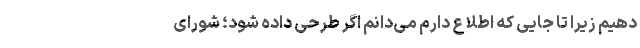
دهیم زیرا تا جایی که اطلاع دارم می‌دانم اگر طرحی داده شود؛ شورای